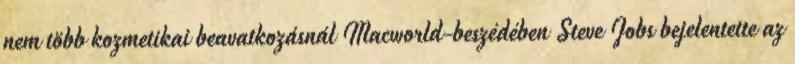
nem több kozmetikai beavatkozásnál Macworld-beszédében Steve Jobs bejelentette az